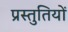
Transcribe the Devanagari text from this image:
प्रस्‍तुतियों